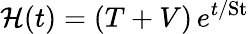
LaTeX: \mathcal{H}(t)=(T+V)\, e^{t/\textrm{St}}